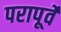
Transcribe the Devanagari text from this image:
परापूर्वे